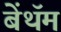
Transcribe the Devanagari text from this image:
बेंथॅम